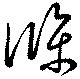
條